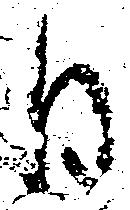
日